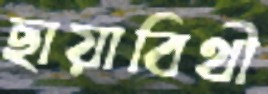
ছায়াবিথী